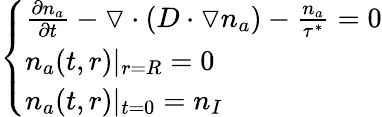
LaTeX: \left\{ \begin{array}{ll}{\frac{\partial n_{a}}{\partial t}-\triangledown\cdot(D\cdot\triangledown n_{a})-\frac{n_{a}}{\tau^{*}}=0}\\ {n_{a}(t,r)|_{r=R}=0}\\ {n_{a}(t,r)|_{t=0}=n_{I}}\end{array}\right.